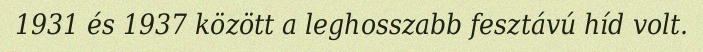
1931 és 1937 között a leghosszabb fesztávú híd volt.